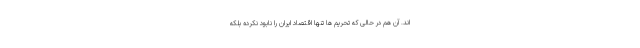
اند. آن هم در حالی که تحریم ها تنها اقتصاد ایران را نابود نکرده بلکه